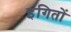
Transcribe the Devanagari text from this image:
इंगितों